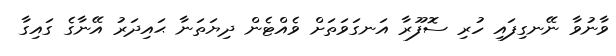
ވާނުވާ ނޭނގިފައި ހުރި ސޮފޫރާ އަނގަވަތަށް ވެއްޓެން ދިޔަތަނާ ޙައިދަރު އޭނާގެ ގައިގާ